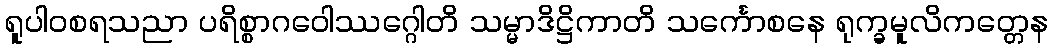
ရူပါဝစရသညာ ပရိစ္စာဂဝေါဿဂ္ဂေါတိ သမ္မာဒိဋ္ဌိကာတိ သင်္ကောစနေ ရုက္ခမူလိကတ္တေန